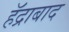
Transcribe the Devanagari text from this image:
हॅद्राबाद